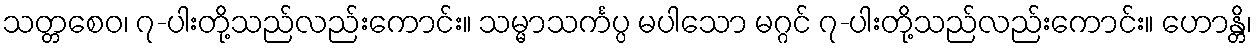
သတ္တစေဝ၊ ၇-ပါးတို့သည်လည်းကောင်း။ သမ္မာသင်္ကပ္ပ မပါသော မဂ္ဂင် ၇-ပါးတို့သည်လည်းကောင်း။ ဟောန္တိ၊